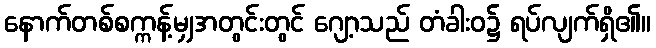
နောက်တစ်စက္ကန့်မျှအတွင်းတွင် ဂျော့သည် တံခါးဝ၌ ရပ်လျက်ရှိ၏။